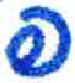
אות: פ